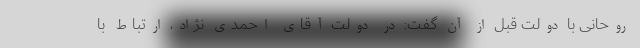
روحانی با دولت قبل از آن گفت: در دولت آقای احمدی نژاد، ارتباط با